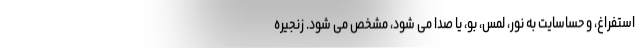
استفراغ، و حساسایت به نور، لمس، بو، یا صدا می شود، مشخص می شود. زنجیره